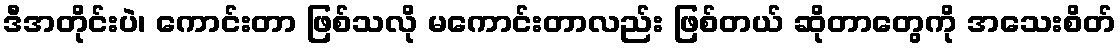
ဒီအတိုင်းပဲ၊ ကောင်းတာ ဖြစ်သလို မကောင်းတာလည်း ဖြစ်တယ် ဆိုတာတွေကို အသေးစိတ်